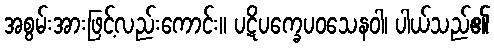
အစွမ်းအားဖြင့်လည်းကောင်း။ ပဋိပက္ခေပဝသေနဝါ၊ ပါယ်သည်၏